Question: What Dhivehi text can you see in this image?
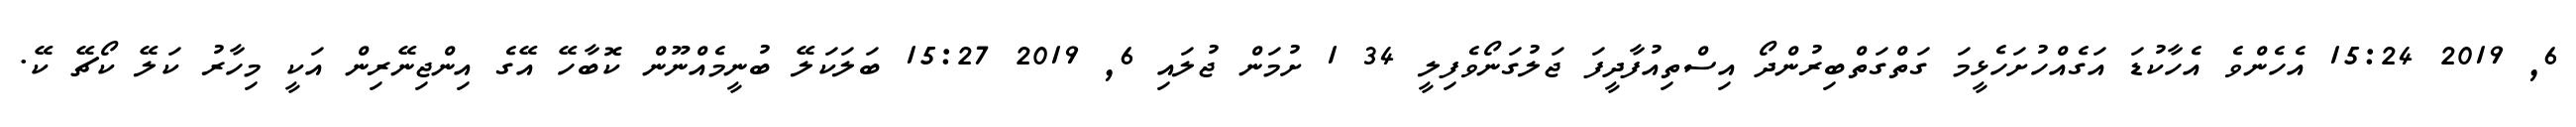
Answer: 6, 2019 15:24 އެހެންވެ އެހާކުޑަ އަގެއްހުށަހެޅީމަ ގަތްގަތްބިރުންދޯ އިސްތިއުފާދީފަ ޖަލުގަނޯވެފިލީ 34 1 ށުމަން ޖުލައި 6, 2019 15:27 ބަލަކަލޭ ބުނީމެއްނޫން ކޮބާހޭ އޭގެ އިންޖިނޭރިން އަކީ މިހާރު ކަލޭ ކޯޗޭ ކޭ.